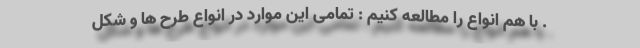
. با هم انواع را مطالعه کنیم : تمامی این موارد در انواع طرح ها و شکل